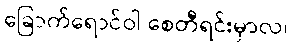
ခြောက်ရောင်ဝါ စေတီရင်းမှာလ၊